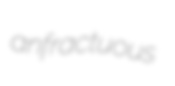
anfractuous